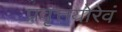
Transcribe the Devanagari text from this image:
प्रवृत्तयोरेवं